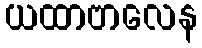
ယထာဗာလေန